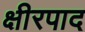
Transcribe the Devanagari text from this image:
क्षीरपाद